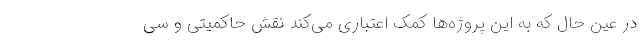
در عین حال که به این پروژه‌ها کمک اعتباری می‌کند نقش حاکمیتی و سی